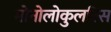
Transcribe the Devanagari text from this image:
मोनोलोकुलरिस